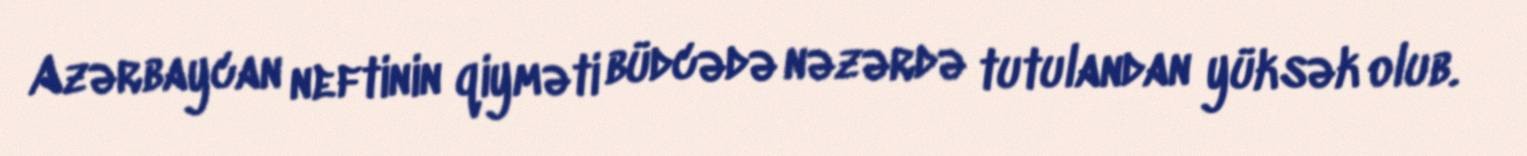
Azərbaycan neftinin qiyməti büdcədə nəzərdə tutulandan yüksək olub.